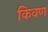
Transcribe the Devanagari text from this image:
किवण